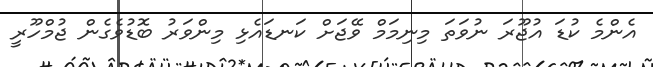
އެންމެ ކުޑަ އުޖޫރަ ނުވަތަ މިނިމަމް ވޭޖަށް ކަނޑައެޅި މިންވަރު ބޮޑުވެގެން ޖުމްހޫރީ